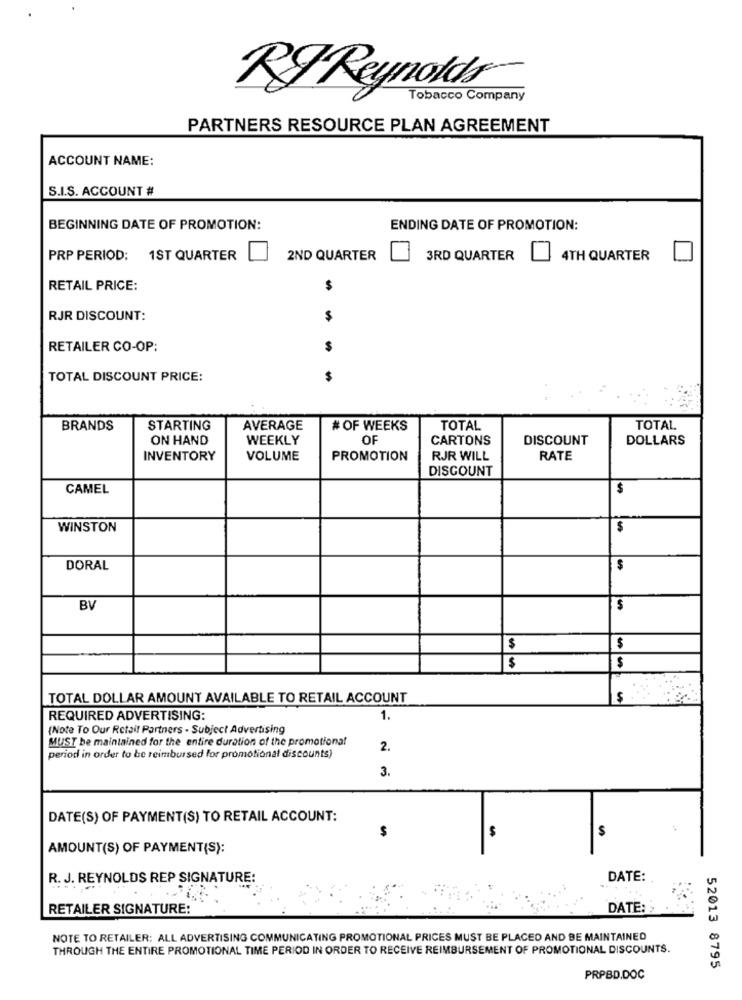
RI Reynolds
Tobacco Company
PARTNERS RESOURCE PLAN AGREEMENT
ACCOUNT NAME:
S.I.S. ACCOUNT #
BEGINNING DATE OF PROMOTION:
ENDING DATE OF PROMOTION:
PRP PERIOD: 1ST QUARTER
2ND QUARTER
3RD QUARTER
4TH QUARTER
RETAIL PRICE:
$
RJR DISCOUNT:
$
RETAILER CO-OP:
TOTAL DISCOUNT PRICE:
$
BRANDS
STARTING
AVERAGE
# OF WEEKS
TOTAL
TOTAL
ON HAND
WEEKLY
OF
CARTONS
DISCOUNT
DOLLARS
INVENTORY
VOLUME
PROMOTION
RJR WILL
RATE
DISCOUNT
CAMEL
$
WINSTON
$
DORAL
$
BV
$
$
$
$
$
TOTAL DOLLAR AMOUNT AVAILABLE TO RETAIL ACCOUNT
$
REQUIRED ADVERTISING:
1.
(Note To Our Retail Partners - Subject Advertising
MUST be maintained for the entire duration of the promotional
2.
period in order to be reimbursed for promotional discounts)
3.
DATE(S) OF PAYMENT(S) TO RETAIL ACCOUNT:
AMOUNT(S) OF PAYMENT(S):
R. J. REYNOLDS REP SIGNATURE:
DATE:
RETAILER SIGNATURE:
DATE:
NOTE TO RETAILER: ALL ADVERTISING COMMUNICATING PROMOTIONAL PRICES MUST BE PLACED AND BE MAINTAINED
THROUGH THE ENTIRE PROMOTIONAL TIME PERIOD IN ORDER TO RECEIVE REIMBURSEMENT OF PROMOTIONAL DISCOUNTS.
52013 8795
PRPBD.DOC